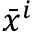
{ \bar { x } } ^ { i }